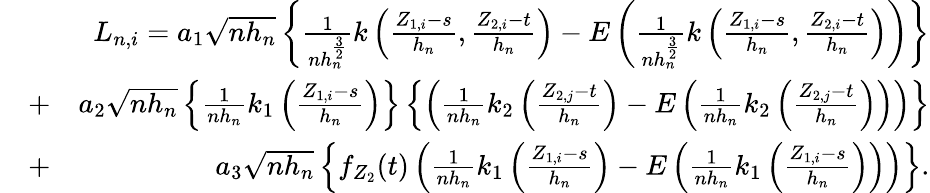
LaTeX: \begin{array}{rlr}&{}&{L_{n,i}=a_{1}\sqrt{nh_{n}}\left\{ \frac{1}{nh_{n}^{\frac{3}{2}}}k\left(\frac{Z_{1,i}-s}{h_{n}},\frac{Z_{2,i}-t}{h_{n}}\right)-E\left(\frac{1}{nh_{n}^{\frac{3}{2}}}k\left(\frac{Z_{1,i}-s}{h_{n}},\frac{Z_{2,i}-t}{h_{n}}\right)\right)\right\} }\\ &{+}&{a_{2}\sqrt{nh_{n}}\left\{ \frac{1}{nh_{n}}k_{1}\left(\frac{Z_{1,i}-s}{h_{n}}\right)\right\} \left\{ \left(\frac{1}{nh_{n}}k_{2}\left(\frac{Z_{2,j}-t}{h_{n}}\right)-E\left(\frac{1}{nh_{n}}k_{2}\left(\frac{Z_{2,j}-t}{h_{n}}\right)\right)\right)\right\} }\\ &{+}&{a_{3}\sqrt{nh_{n}}\left\{ f_{Z_{2}}(t)\left(\frac{1}{nh_{n}}k_{1}\left(\frac{Z_{1,i}-s}{h_{n}}\right)-E\left(\frac{1}{nh_{n}}k_{1}\left(\frac{Z_{1,i}-s}{h_{n}}\right)\right)\right)\right\} .}\end{array}